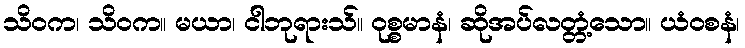
သိဝက၊ သိဝက။ မယာ၊ ငါဘုရားသ်။ ဝုစ္စမာနံ၊ ဆိုအပ်လတ္တံ့သော။ ယံဝစနံ၊